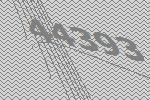
44393